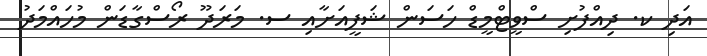
އަދި ކ. ދިއްފުށި ސްވީޓްމީޑް ހަސަން ޝަފީއަށާއި ސ. މަރަދޫ ރޯސްގާޑަން މުހައްމަދު